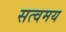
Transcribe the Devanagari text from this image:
सत्वमय